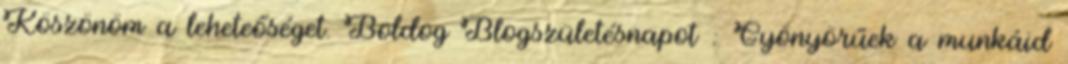
Köszönöm a leheteőséget. Boldog Blogszületésnapot : Gyönyörűek a munkáid